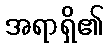
အရာရှိ၏